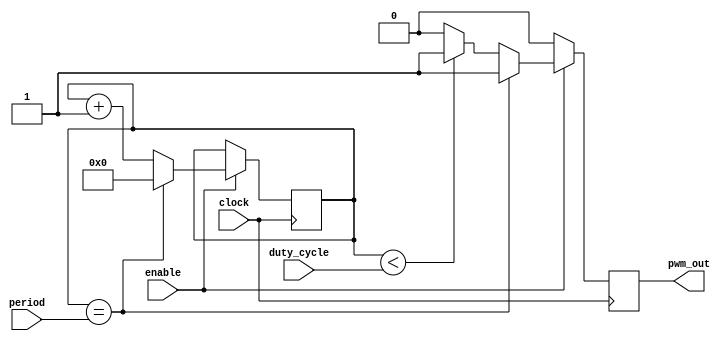
module pwm_timer(
    input clock,
    input enable,
    input [7:0] duty_cycle,
    input [15:0] period,
    output reg pwm_out
);

reg [15:0] counter;
reg pwm_out_reg;

always @(posedge clock) begin
    if(enable) begin
        counter <= counter + 1;
        if(counter == period) begin
            counter <= 0;
            pwm_out_reg <= 1;
        end else begin
            if(counter < duty_cycle) begin
                pwm_out_reg <= 1;
            end else begin
                pwm_out_reg <= 0;
            end
        end
    end else begin
        pwm_out_reg <= 0;
    end
end

assign pwm_out = pwm_out_reg;

endmodule